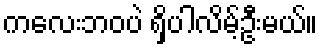
ကလေးဘဝပဲ ရှိပါလိမ့်ဦးမယ်။